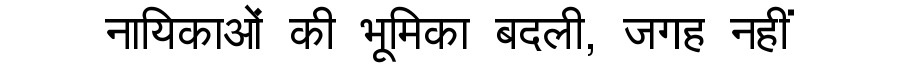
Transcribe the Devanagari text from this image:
नायिकाओं की भूमिका बदली, जगह नहीं